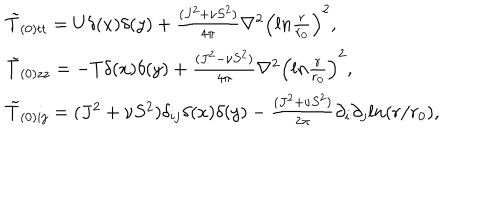
\begin{array} { l l } { { \tilde { T } _ { ( 0 ) t t } = U \delta ( x ) \delta ( y ) + \frac { ( J ^ { 2 } + \nu S ^ { 2 } ) } { 4 \pi } \nabla ^ { 2 } \left( l n \frac { r } { r _ { 0 } } \right) ^ { 2 } , } } \\ { { \tilde { T } _ { ( 0 ) z z } = - T \delta ( x ) \delta ( y ) + \frac { ( J ^ { 2 } - \nu S ^ { 2 } ) } { 4 \pi } \nabla ^ { 2 } \left( l n \frac { r } { r _ { 0 } } \right) ^ { 2 } , } } \\ { { \tilde { T } _ { ( 0 ) i j } = ( J ^ { 2 } + \nu S ^ { 2 } ) \delta _ { i j } \delta ( x ) \delta ( y ) - \frac { ( J ^ { 2 } + \nu S ^ { 2 } ) } { 2 \pi } \partial _ { i } \partial _ { j } l n ( r / r _ { 0 } ) , } } \\ \end{array}